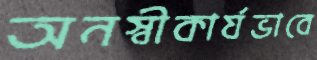
অনস্বীকার্যভাবে